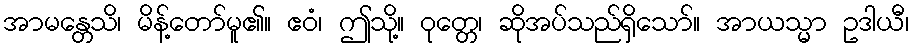
အာမန္တေသိ၊ မိန့်တော်မူ၏။ ဧဝံ၊ ဤသို့။ ဝုတ္တေ၊ ဆိုအပ်သည်ရှိသော်။ အာယသ္မာ ဥဒါယီ၊